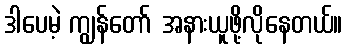
ဒါပေမဲ့ ကျွန်တော် အနားယူဖို့လိုနေတယ်။